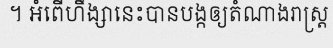
។ អំពើហឹង្សានេះបានបង្កឲ្យតំណាងរាស្ត្រ